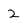
Character: 2